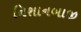
નિશાનબાજી